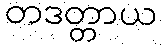
တဒတ္တာယ